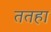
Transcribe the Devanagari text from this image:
ततहा